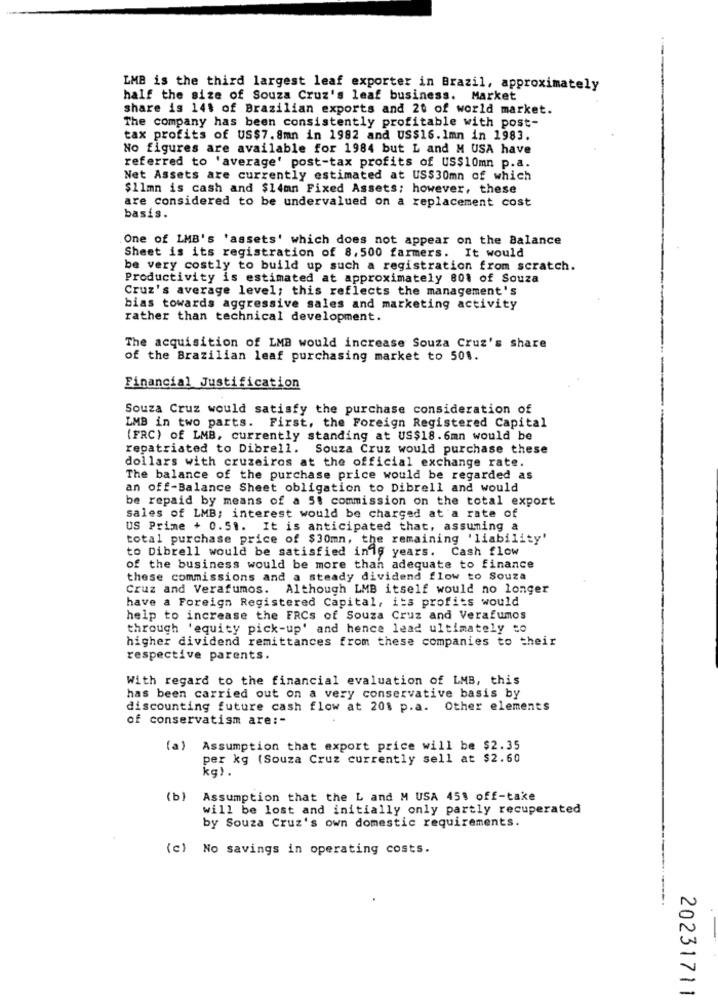
LMB is the third largest leaf exporter in Brazil, approximately
half the size of Souza Cruz's leaf business. Market
share is 141 of Brazilian exports and 20 of world market.
The company has been consistently profitable with post-
tax profits of US$7.8mn in 1982 and US$16. 1mn in 1983.
No figures are available for 1984 but L and M USA have
referred to 'average' post-tax profits of us$10mn p.a.
Net Assets are currently estimated at US$30mn of which
$11mn is cash and $14mn Fixed Assets; however, these
are considered to be undervalued on a replacement cost
basis.
One of LMB's 'assets' which does not appear on the Balance
Sheet is its registration of 8,500 farmers. It would
be very costly to build up such a registration from scratch.
Productivity is estimated at approximately 801 of Souza
Cruz's average level; this reflects the management's
bias towards aggressive sales and marketing activity
rather than technical development.
The acquisition of LMB would increase Souza Cruz's share
of the Brazilian leaf purchasing market to 501.
Financial Justification
Souza Cruz would satisfy the purchase consideration of
LMB in two parts. First, the Foreign Registered Capital
(FRC) of LMB, currently standing at US$18.6mn would be
repatriated to Dibrell. Souza Cruz would purchase these
dollars with cruzeiros at the official exchange rate.
The balance of the purchase price would be regarded as
an off-Balance Sheet obligation to Dibrell and would
be repaid by means of a 5$ commission on the total export
sales of LMB; interest would be charged at a rate of
US Prime + 0.51. It is anticipated that, assuming a
total purchase price of $30mn, the remaining 'liability'
to Dibrell would be satisfied inis years. Cash flow
of the business would be more than adequate to finance
these commissions and a steady dividend flow to Souza
Cruz and Verafumos. Although LMB itself would no longer
have a Foreign Registered Capital, its profits would
help to increase the FRCs of Souza Cruz and Verafumos
through 'equity pick-up' and hence lead ultimately to
higher dividend remittances from these companies to their
respective parents.
With regard to the financial evaluation of LMB, this
has been carried out on a very conservative basis by
discounting future cash flow at 201 p.a. Other elements
of conservatism are :-
(a) Assumption that export price will be $2.35
per kg (Souza Cruz currently sell at $2.60
kg) .
(b) Assumption that the L and M USA 451 off-take
will be lost and initially only partly recuperated
by Souza Cruz's own domestic requirements.
(c) No savings in operating costs.
20231711